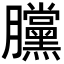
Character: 𣎲